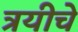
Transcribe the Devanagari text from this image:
त्रयीचे